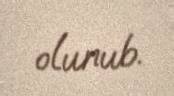
olunub.